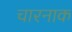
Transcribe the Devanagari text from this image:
चारनाक